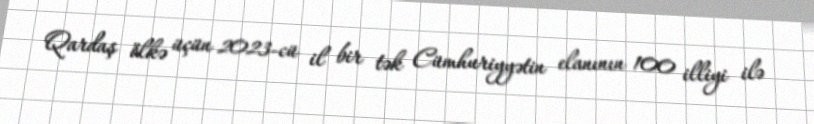
Qardaş ölkə üçün 2023-cü il bir tək Cümhuriyyətin elanının 100 illiyi ilə